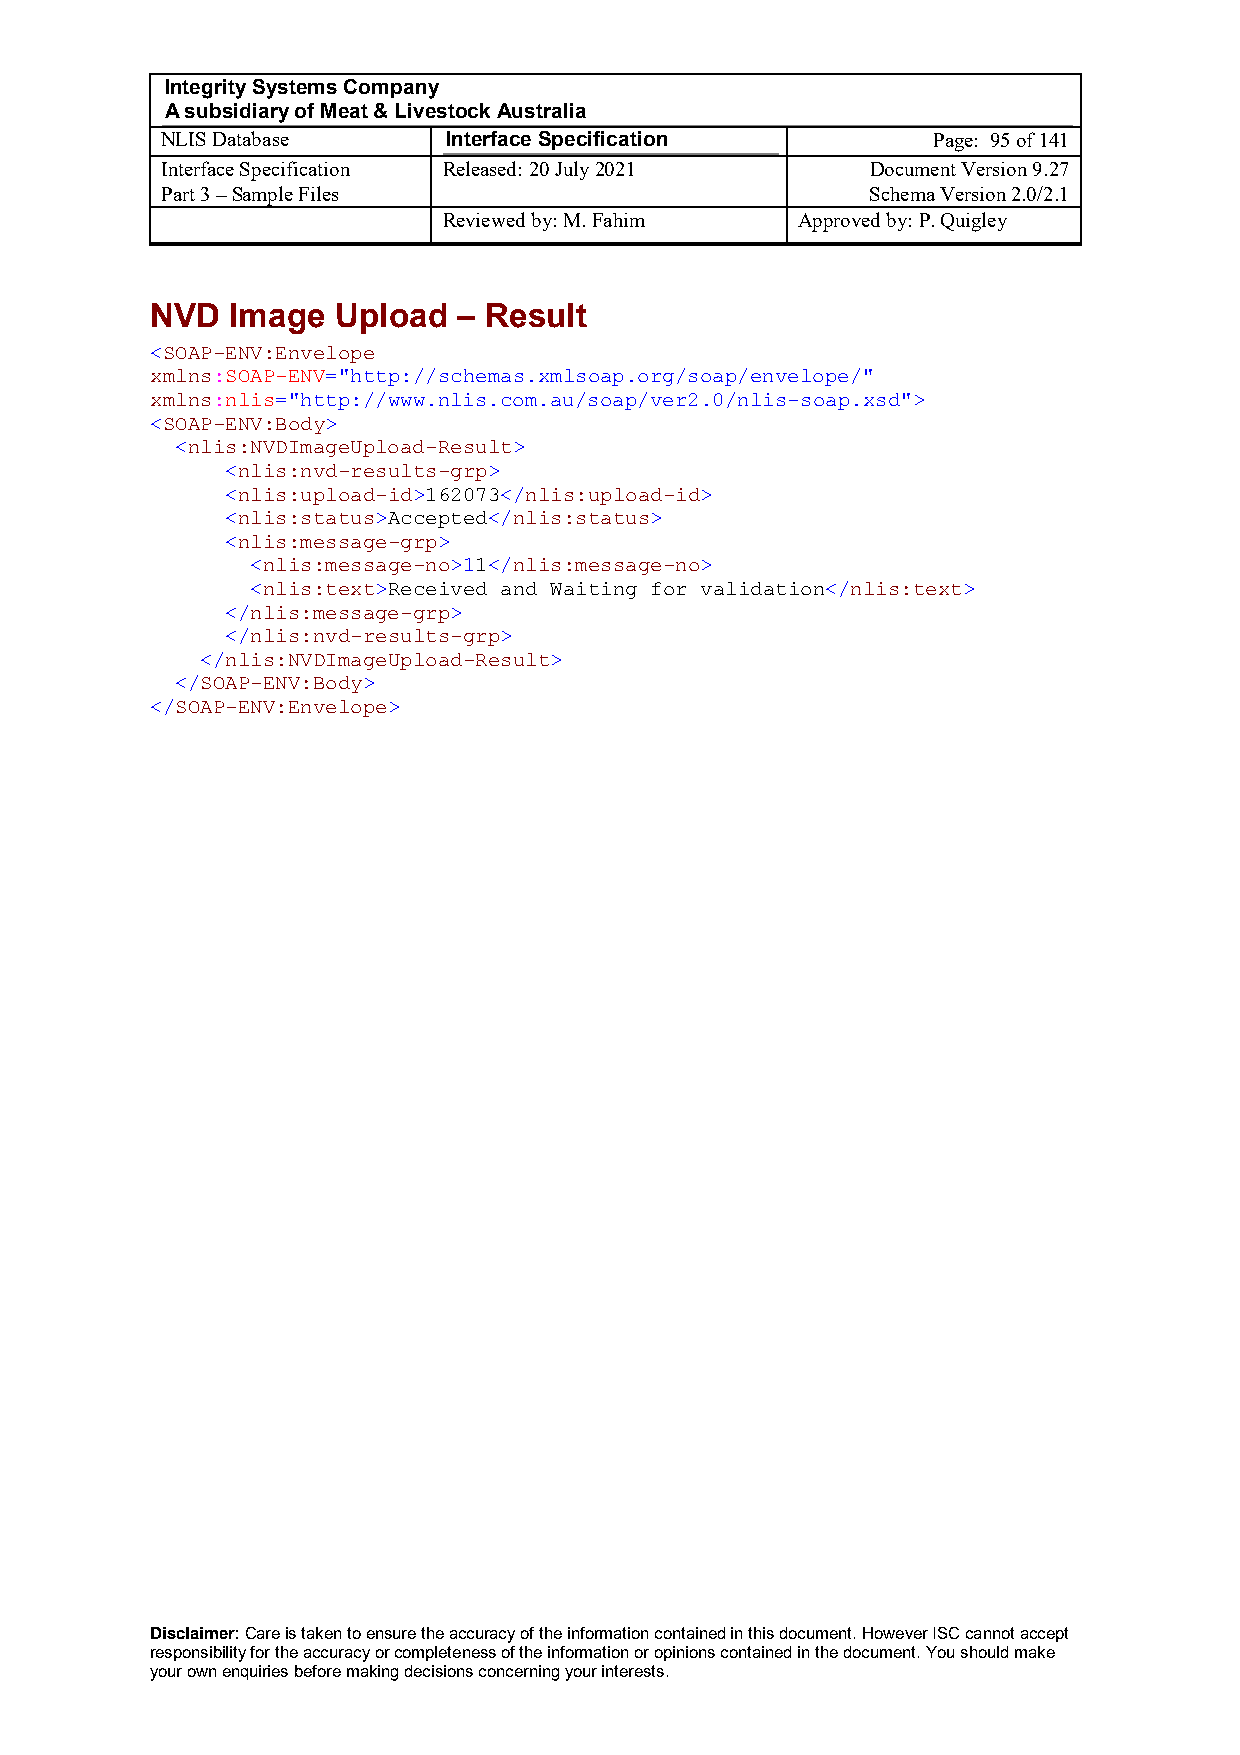
Integrity Systems Company
 A subsidiary of Meat & Livestock Australia
 NLIS Database      Interface Specification         Page: 95 of 141
 Interface Specification Released: 20 July 2021 Document Version 9.27
 Part 3 – Sample Files                          Schema Version 2.0/2.1
 Reviewed by: M. Fahim   Approved by: P. Quigley
 NVD  Image  Upload  – Result
 <SOAP-ENV:Envelope
 xmlns:SOAP-ENV="http://schemas.xmlsoap.org/soap/envelope/"
 xmlns:nlis="http://www.nlis.com.au/soap/ver2.0/nlis-soap.xsd">
 <SOAP-ENV:Body>
 <nlis:NVDImageUpload-Result>
 <nlis:nvd-results-grp>
 <nlis:upload-id>162073</nlis:upload-id>
 <nlis:status>Accepted</nlis:status>
 <nlis:message-grp>
 <nlis:message-no>11</nlis:message-no>
 <nlis:text>Received and Waiting for validation</nlis:text>
 </nlis:message-grp>
 </nlis:nvd-results-grp>
 </nlis:NVDImageUpload-Result>
 </SOAP-ENV:Body>
 </SOAP-ENV:Envelope>
 Disclaimer: Care is taken to ensure the accuracy of the information contained in this document. However ISC cannot accept
 responsibility for the accuracy or completeness of the information or opinions contained in the document. You should make
 your own enquiries before making decisions concerning your interests.